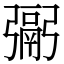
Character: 䰜